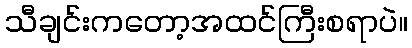
သီချင်းကတော့အထင်ကြီးစရာပဲ။